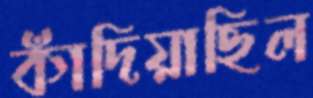
কাঁদিয়াছিল